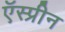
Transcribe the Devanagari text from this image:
ऍस्प्रीन